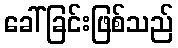
ခေါ်ခြင်းဖြစ်သည်